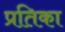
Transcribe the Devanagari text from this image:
प्रतिका